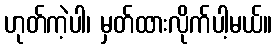
ဟုတ်ကဲ့ပါ၊ မှတ်ထားလိုက်ပါ့မယ်။